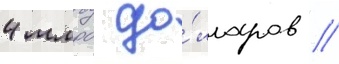
4 млрд до́лларов //